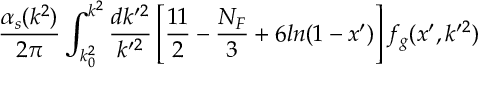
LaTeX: { \frac { \alpha _ { s } ( k ^ { 2 } ) } { 2 \pi } } \int _ { k _ { 0 } ^ { 2 } } ^ { k ^ { 2 } } { \frac { d k ^ { \prime 2 } } { k ^ { \prime 2 } } } \left[ { \frac { 1 1 } { 2 } } - { \frac { N _ { F } } { 3 } } + 6 l n ( 1 - x ^ { \prime } ) \right] f _ { g } ( x ^ { \prime } , k ^ { \prime 2 } )